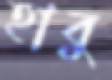
হাবু